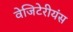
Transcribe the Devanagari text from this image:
वेजिटेरीयंस